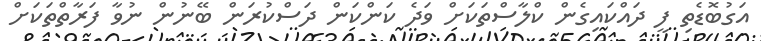
އަގުބޮޑެތި ފީ ދައްކައިގެން ކްލާސްތަކަށް ވަދެ ކަންކަން ދަސްކުރަން ބޭނުން ނުވާ ފަރާތްތަކަށް